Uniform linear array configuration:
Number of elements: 12
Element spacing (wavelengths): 0.25
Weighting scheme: binomial
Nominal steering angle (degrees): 0
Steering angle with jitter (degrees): -0.3249
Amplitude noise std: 0.05
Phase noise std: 0.05

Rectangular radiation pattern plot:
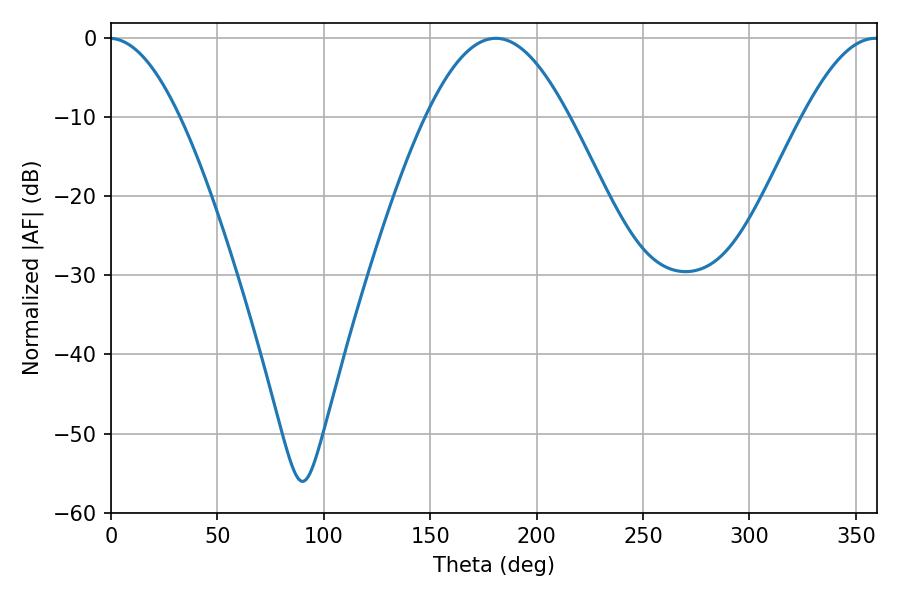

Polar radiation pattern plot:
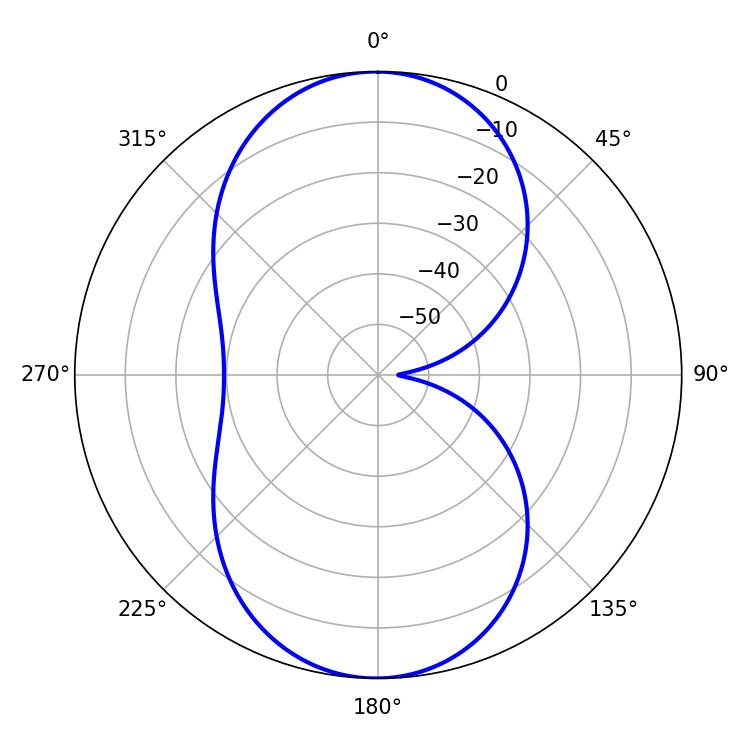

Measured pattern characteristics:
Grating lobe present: FALSE
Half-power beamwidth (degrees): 36.36
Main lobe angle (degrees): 180.9